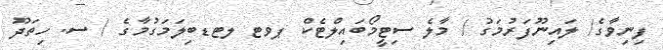
ފިނިވާގެ/ ލައިނޫފަރުމަގު / މާލެ ސިޓީމޯބައިލްޓެކް ޕވޓ ލޓޑބިލަމަގުމާގެ / ސ. ހިތަދޫ